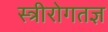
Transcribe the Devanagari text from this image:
स्त्रीरोगतज्ञ